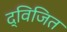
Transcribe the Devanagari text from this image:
द्विजित